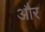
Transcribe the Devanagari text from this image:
और